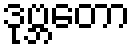
ဒုဗ္ဘတော